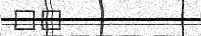
١٠